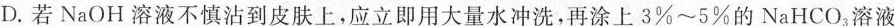
D. 若NaOH溶液不慎沾到皮肤上，应立即用大量水冲洗，再涂上3%~5%的NaHCO3溶液